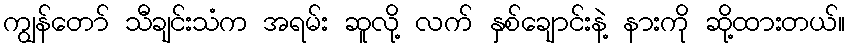
ကျွန်တော် သီချင်းသံက အရမ်း ဆူလို့ လက် နှစ်ချောင်းနဲ့ နားကို ဆို့ထားတယ်။